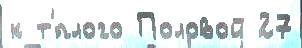
к т'́плого Половой 27